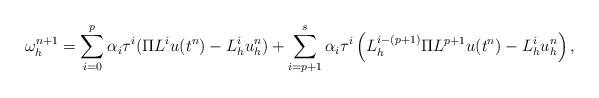
LaTeX: \begin{align*}\omega_h^{n+1} = \sum_{i = 0}^p\alpha_i\tau^i (\Pi L^i u(t^n)- L_h^i u_h^n) + \sum_{i = p+1}^s\alpha_i \tau^i \left(L_h^{i-(p+1)}\Pi L^{p+1} u(t^n) - L_h^{i} u_h^n\right),\end{align*}